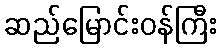
ဆည်မြောင်းဝန်ကြီး